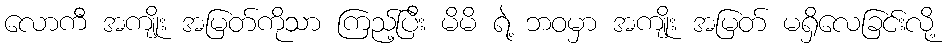
လောကီ အကျိုး အမြတ်ကိုသာ ကြည့်ပြီး မိမိ ရဲ့ ဘဝမှာ အကျိုး အမြတ် မရှိလေခြင်းလို့